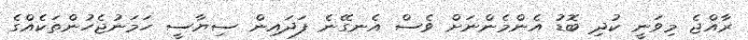
ރާއްޖެ މިވަނީ ކުދި ބޮޑު އެންމެންނަށް ވެސް އެނގޭނެ ފަދައިން ސިޔާސީ ހަމަނުޖެހުންތަކެއްގެ